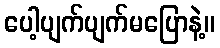
ပေါ့ပျက်ပျက်မပြောနဲ့။